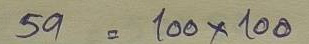
59 = 100 x 100